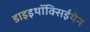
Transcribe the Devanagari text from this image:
डाइइथॉक्सिईथेन